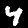
Digit: 4